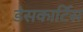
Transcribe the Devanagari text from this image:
डेसकार्टिस